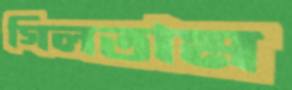
গিলতাম